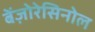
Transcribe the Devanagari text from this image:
बेंज़ोरेसिनोल